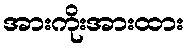
အားကိုးအားထား